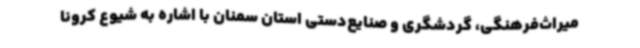
میراث‌فرهنگی، گردشگری و صنایع‌دستی استان سمنان با اشاره به شیوع کرونا